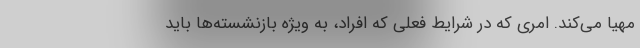
مهیا می‌کند. امری که در شرایط فعلی که افراد، به ویژه بازنشسته‌ها باید